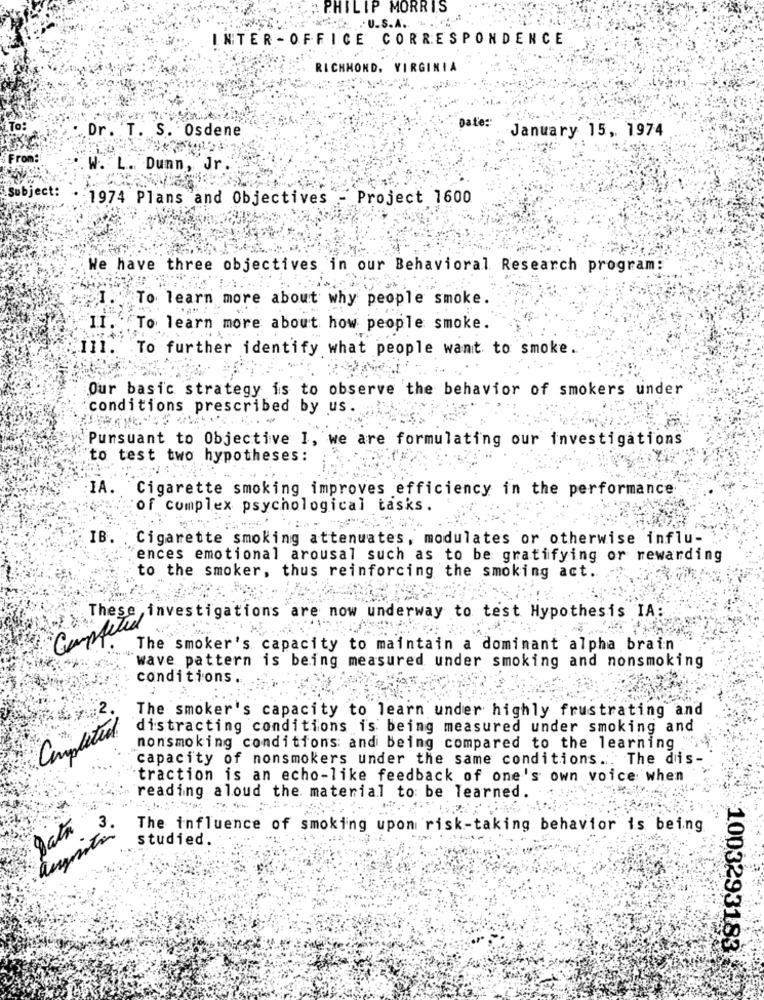
# PHILIP MORRIS
.. .. U.S.A. . .....
INTER -OFFICE CORRESPONDENCE
RICHMOND, VIRGIN
.Dr . T. S. Osdene
Date:
January 15, 1974
From:
. W.
L. Dunn, Jr.
Subject:
1974 Plans and Objectives - Project 1600
We have three objectives in our Behavioral Research program:
To learn more about why people smoke.
11 ..
"To learn more about how people smoke.
111.
To further identify what people want to smoke
Our basic strategy is to observe the behavior of smokers under
conditions prescribed by us.
Pursuant to Objective I, we are formulating our investigations
to test two hypotheses:
IA
Cigarette smoking improves efficiency in the performance
of complex psychological tasks.
IB
Cigarette smoking attenuates, modulates or otherwise influ-
ences emotional arousal such as to be gratifying or rewarding
to the smoker, thus reinforcing the smoking act.
These investigations are now underway to test Hypothesis IA:
Completed
The smoker's capacity to maintain a dominant alpha brain
wave pattern is being measured under smoking and nonsmoking
conditions.
The smoker's capacity to learn under highly frustrating and
Completed
distracting conditions is being measured under smoking and
nonsmoking conditions and being compared to the learning
capacity of nonsmokers under the same conditions .. The dis-
traction is an echo-like feedback of one's own voice when
reading aloud the material to be learned
Data
3.
The influence of smoking upon risk-taking behavior is being
lupita
studied.
1003293183